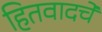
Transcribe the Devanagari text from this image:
हितवादचे